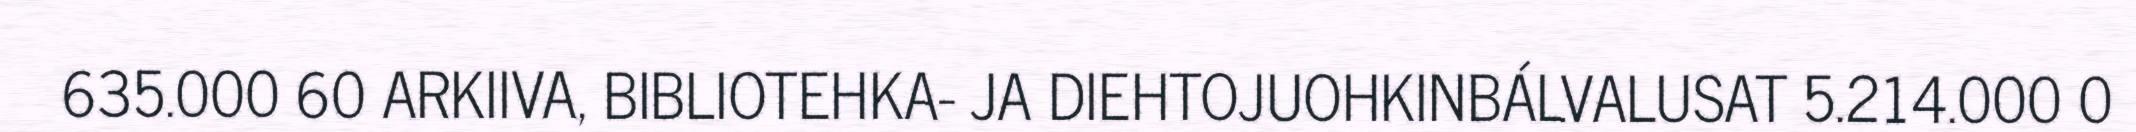
635.000 60 ARKIIVA, BIBLIOTEHKA- JA DIEHTOJUOHKINBÁLVALUSAT 5.214.000 0